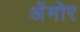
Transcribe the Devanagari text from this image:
अॅमोर